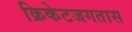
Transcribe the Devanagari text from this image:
क्रिकेटजगतास